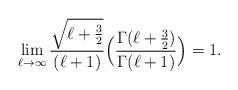
LaTeX: \begin{align*}\lim_{\ell\to\infty}\frac{\sqrt{\ell+\frac{3}{2}}}{(\ell +1)}\Big(\frac{\Gamma(\ell+\frac{3}{2})}{\Gamma(\ell+1)}\Big)=1. \end{align*}